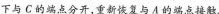
下与C的端点分开，重新恢复与A的端点接触.